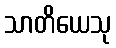
သာတိယေသု